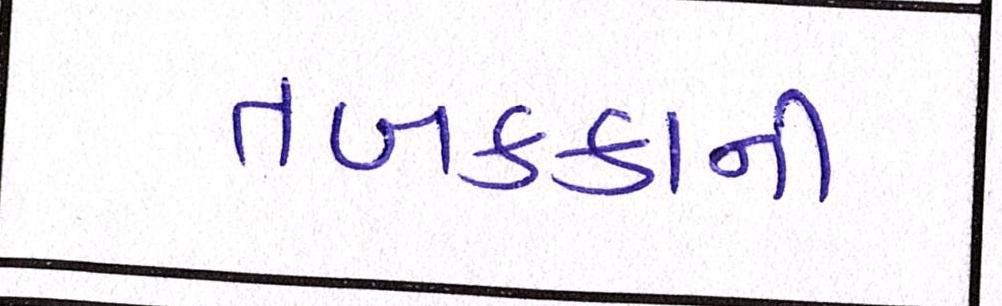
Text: તબક્કાની